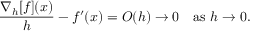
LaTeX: { \frac { \nabla _ { h } [ f ] ( x ) } { h } } - f ^ { \prime } ( x ) = O ( h ) \to 0 \quad { \mathrm { a s ~ } } h \to 0 .